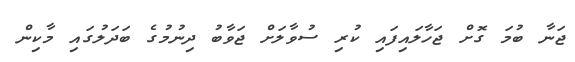
ޖަނާ ބުމަ ގޮށް ޖަހާލައިފައި ކުރި ސުވާލަށް ޖަވާބު ދިނުމުގެ ބަދަލުގައި މާކިން